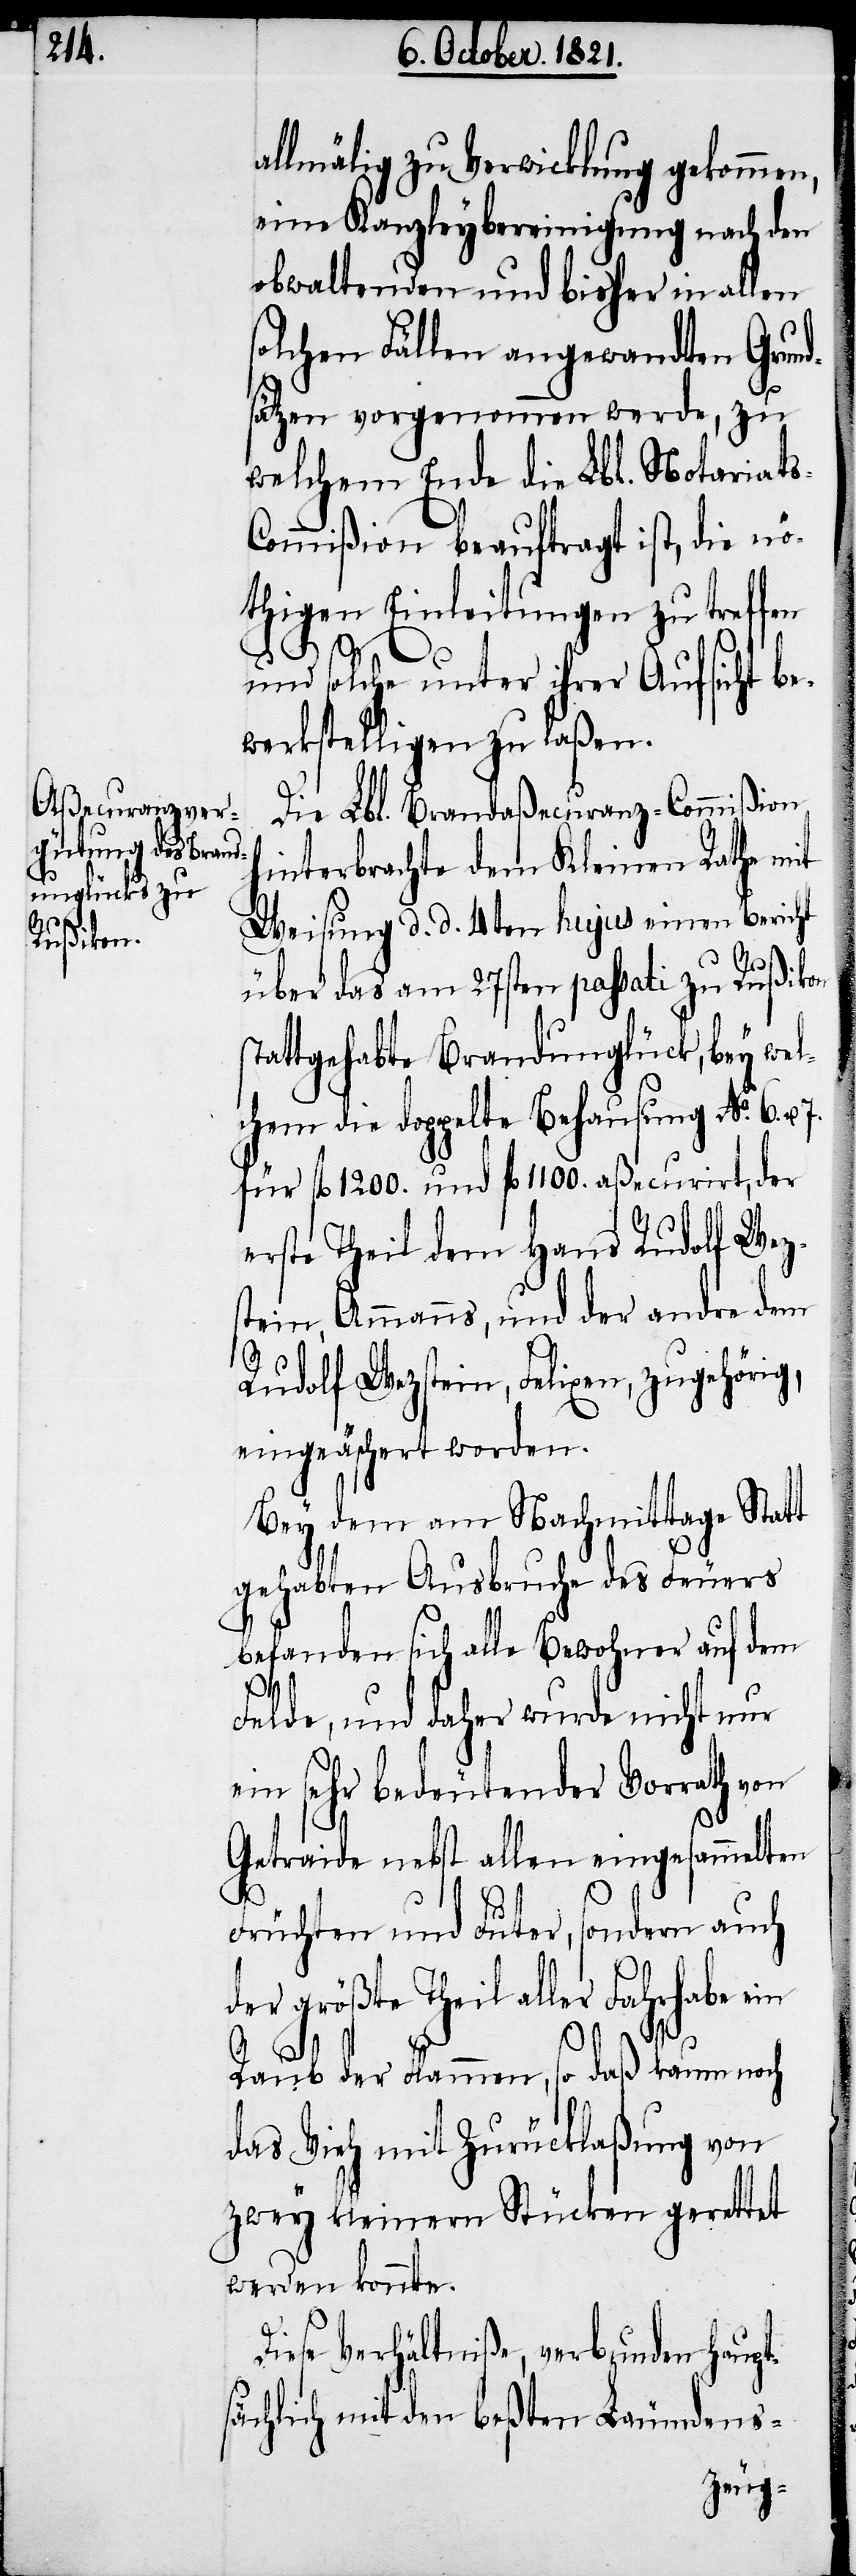
allmälig zu Verwicklung gekommen,
eine Kanzleybereinigung nach den
obwaltenden und bisher in allen
solchen Fällen angewandten Grund¬
sätzen vorgenommen werde, zu
welchem Ende die Lbl. Notariat¬
ommißion beauftragt ist, die nö¬
thigen Einleitungen zu treffen
g,
und solche unter ihrer Aufsicht be¬
werkstelligen zu laßen.
Die Lbl. Brandaßecuranz-Commißion
interbrachte dem Kleinen Rathe mit
Weisung d. d. 4ten hujus einen Bericht
über das am 27sten passati zu Rußikon
tattgehabte Brandunglück, bey wel¬
chem die doppelte Behausung No. 6. u.
für fl. 1200. und fl. 1100. aßecurirt, der
erste Theil dem Hans Rudolf Wez¬
stein, Ammanns, und der andre dem
Rudolf Wezstein, Felixen, zugehöri¬
eingeäschert worden.
Bey dem am Nachmittage Statt
gehabten Ausbruche des Feuers
befanden sich alle Bewohner auf dem
d.
Felde, und daher wurde nicht nur
ein sehr bedeutender Vorrath von
Getreide nebst allen eingesammelten
Früchten und Futer, sondern auch
der größte Theil aller Fahrhabe ein
Raub der Flammen, so daß kaum noch
das Vieh mit Zurücklaßung von
zwey kleinen Stücken gerettet
werden konnte.
Diese Verhältniße, verbunden haupt¬
sächlich mit den beßten Leumdens-
s-C¬